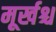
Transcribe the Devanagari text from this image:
मूर्खश्च